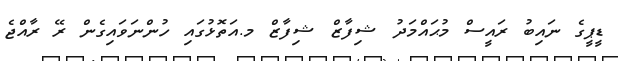
ޑީޕީގެ ނައިބު ރައީސް މުޙައްމަދު ޝިފާޒް ޝިފާޒް މ.އަތޮޅުގައި ހުންނަވައިގެން ރޭ ރާއްޖެ